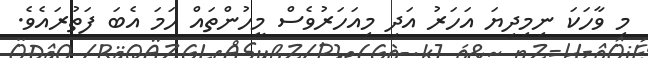
މި ވާހަކަ ނިމިދިޔަ އަހަރު އަދި މިއަހަރުވެސް މީހުންތައް ހަމަ އެބަ ފަތުރައެވެ.